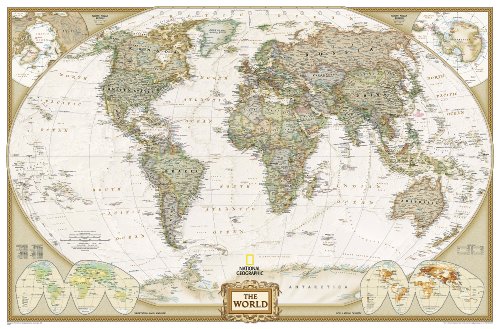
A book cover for World Executive [Enlarged and Laminated] (National Geographic Reference Map); National Geographic Maps - Reference; Reference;